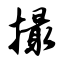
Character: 撮